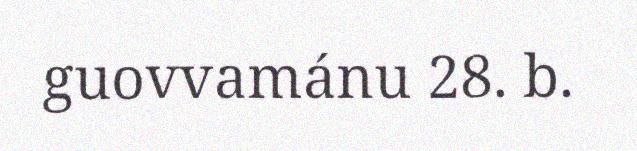
guovvamánu 28. b.